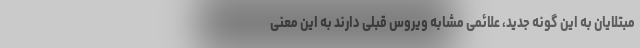
مبتلایان به این گونه جدید، علائمی مشابه ویروس قبلی دارند به این معنی